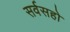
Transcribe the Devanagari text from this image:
सर्वसहो